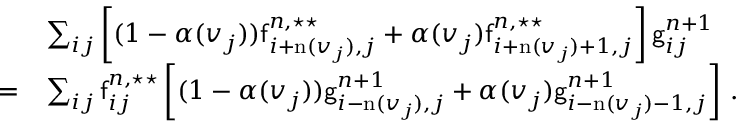
\begin{array} { r l } & { \sum _ { i j } \left[ ( 1 - \alpha ( v _ { j } ) ) \mathsf { f } _ { i + \mathrm { n } ( v _ { j } ) , j } ^ { n , \star \star } + \alpha ( v _ { j } ) \mathsf { f } _ { i + \mathrm { n } ( v _ { j } ) + 1 , j } ^ { n , \star \star } \right] \mathsf { g } _ { i j } ^ { n + 1 } } \\ { = } & { \sum _ { i j } \mathsf { f } _ { i j } ^ { n , \star \star } \left[ ( 1 - \alpha ( v _ { j } ) ) \mathsf { g } _ { i - \mathrm { n } ( v _ { j } ) , j } ^ { n + 1 } + \alpha ( v _ { j } ) \mathsf { g } _ { i - \mathrm { n } ( v _ { j } ) - 1 , j } ^ { n + 1 } \right] \, . } \end{array}